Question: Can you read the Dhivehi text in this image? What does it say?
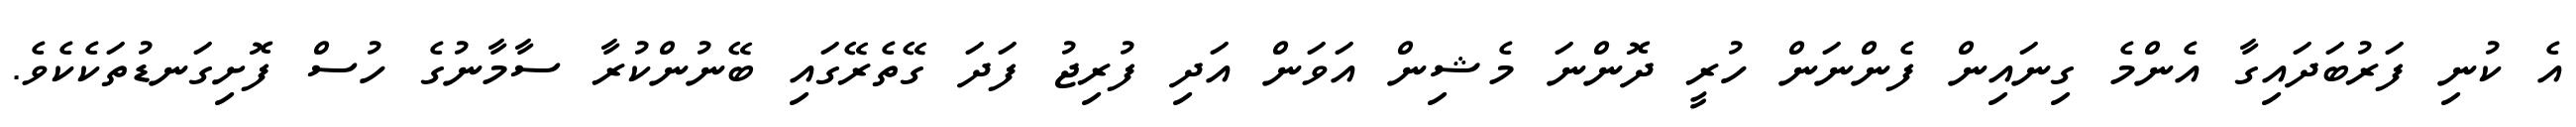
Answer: އެ ކުނި ފަރުބަދައިގާ އެންމެ ގިނައިން ފެންނަން ހުރީ ދޮންނަ މެޝިން އަވަން އަދި ފުރިޖު ފަދަ ގޭތެރޭގައި ބޭނުންކުރާ ސާމާނުގެ ހުސް ފޮށިގަނޑުތަކެކެވެ.